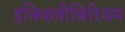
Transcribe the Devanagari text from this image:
इक्विलीबिरियम